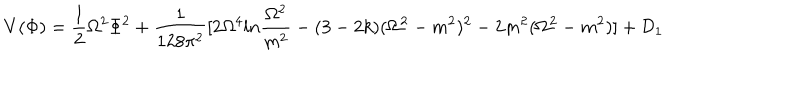
V ( \Phi ) = { \frac { 1 } { 2 } } \Omega ^ { 2 } \Phi ^ { 2 } + { \frac { 1 } { 1 2 8 \pi ^ { 2 } } } [ 2 \Omega ^ { 4 } l n { \frac { \Omega ^ { 2 } } { m ^ { 2 } } } - ( 3 - 2 k ) ( \Omega ^ { 2 } - m ^ { 2 } ) ^ { 2 } - 2 m ^ { 2 } ( \Omega ^ { 2 } - m ^ { 2 } ) ] + { \cal D } _ { 1 }